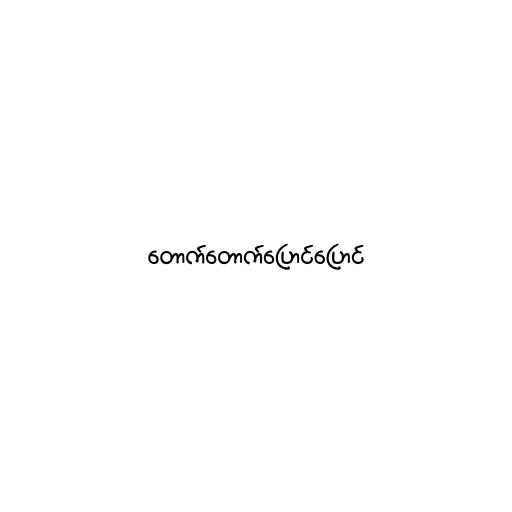
တောက်တောက်ပြောင်ပြောင်